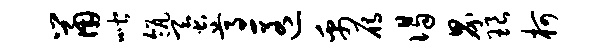
鼠喈瓴蚕尊匿禹雁谒界琅柯